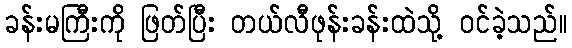
ခန်းမကြီးကို ဖြတ်ပြီး တယ်လီဖုန်းခန်းထဲသို့ ဝင်ခဲ့သည်။